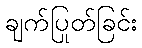
ချက်ပြုတ်ခြင်း